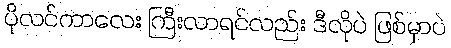
ပိုလင်ကာလေး ကြီးလာရင်လည်း ဒီလိုပဲ ဖြစ်မှာပဲ